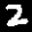
Label: 2